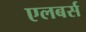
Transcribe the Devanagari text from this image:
एलबर्स